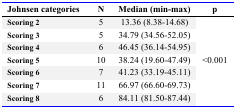
| Johnsen categories | N | Median (min–max) | p |
 | --- | --- | --- | --- |
 | Scoring 2 | 5 | 13.36 (8.38–14.68) | <ROWSPAN=7> <0.001 |
 | Scoring 3 | 5 | 34.79 (34.56–52.05) |
 | Scoring 4 | 6 | 46.45 (36.14–54.95) |
 | Scoring 5 | 10 | 38.24 (19.60–47.49) |
 | Scoring 6 | 7 | 41.23 (33.19–45.11) |
 | Scoring 7 | 11 | 66.97 (66.60–69.73) |
 | Scoring 8 | 6 | 84.11 (81.50–87.44) |